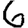
Digit: 6